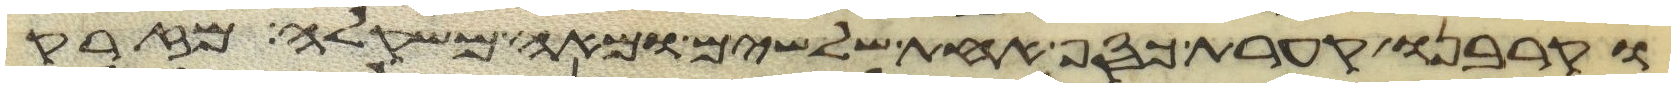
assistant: וקרבנו קערת כסף אחת שלשים ומאה משקלה מזרק